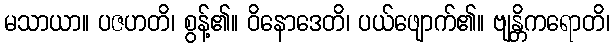
မသာယာ။ ပဇဟတိ၊ စွန့်၏။ ဝိနောဒေတိ၊ ပယ်ဖျောက်၏။ ဗျန္တိကရောတိ၊